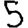
Digit: 5